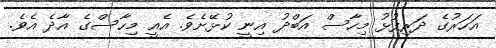
އަހަރުގެ ދަރިފުޅު މިހާސް އަބްދު އިނީ ކުޅޭށެވެ. އެއީ މިހާސްގެ އާދެ އެވެ.